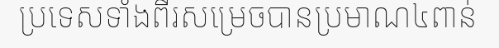
ប្រទេសទាំងពីរសម្រេចបានប្រមាណ៤ពាន់